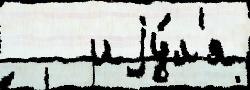
   иjу́л'я